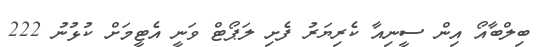
ބިލްބާއޯ އިން ސީނިއާ ކެރިޔަރު ފެށި ލަޕޯޓް ވަނީ އެޓީމަށް ކުޅުނު 222